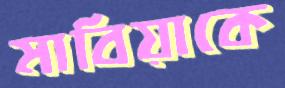
মাবিয়াকে